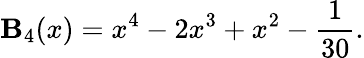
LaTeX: \mathbf{B}_{4}(x)=x^{4}-2x^{3}+x^{2}-\frac{{1}}{{30}}.